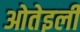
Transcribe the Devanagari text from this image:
ओतेइली